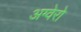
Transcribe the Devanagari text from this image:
अग्वेरो